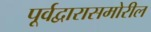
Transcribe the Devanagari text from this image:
पूर्वद्वारासमोरील